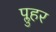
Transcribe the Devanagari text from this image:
प्लुहर